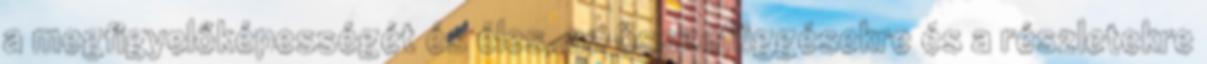
a megfigyelőképességét és éles, az összefüggésekre és a részletekre